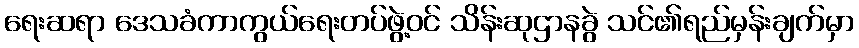
ရေးဆရာ ဒေသခံကာကွယ်ရေးတပ်ဖွဲ့ဝင် သိန်းဆုဌာနခွဲ သင်၏ရည်မှန်းချက်မှာ